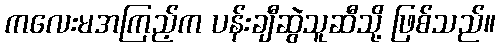
ကလေးမအကြည့်က ပန်းချီဆွဲသူဆီသို့ ဖြစ်သည်။